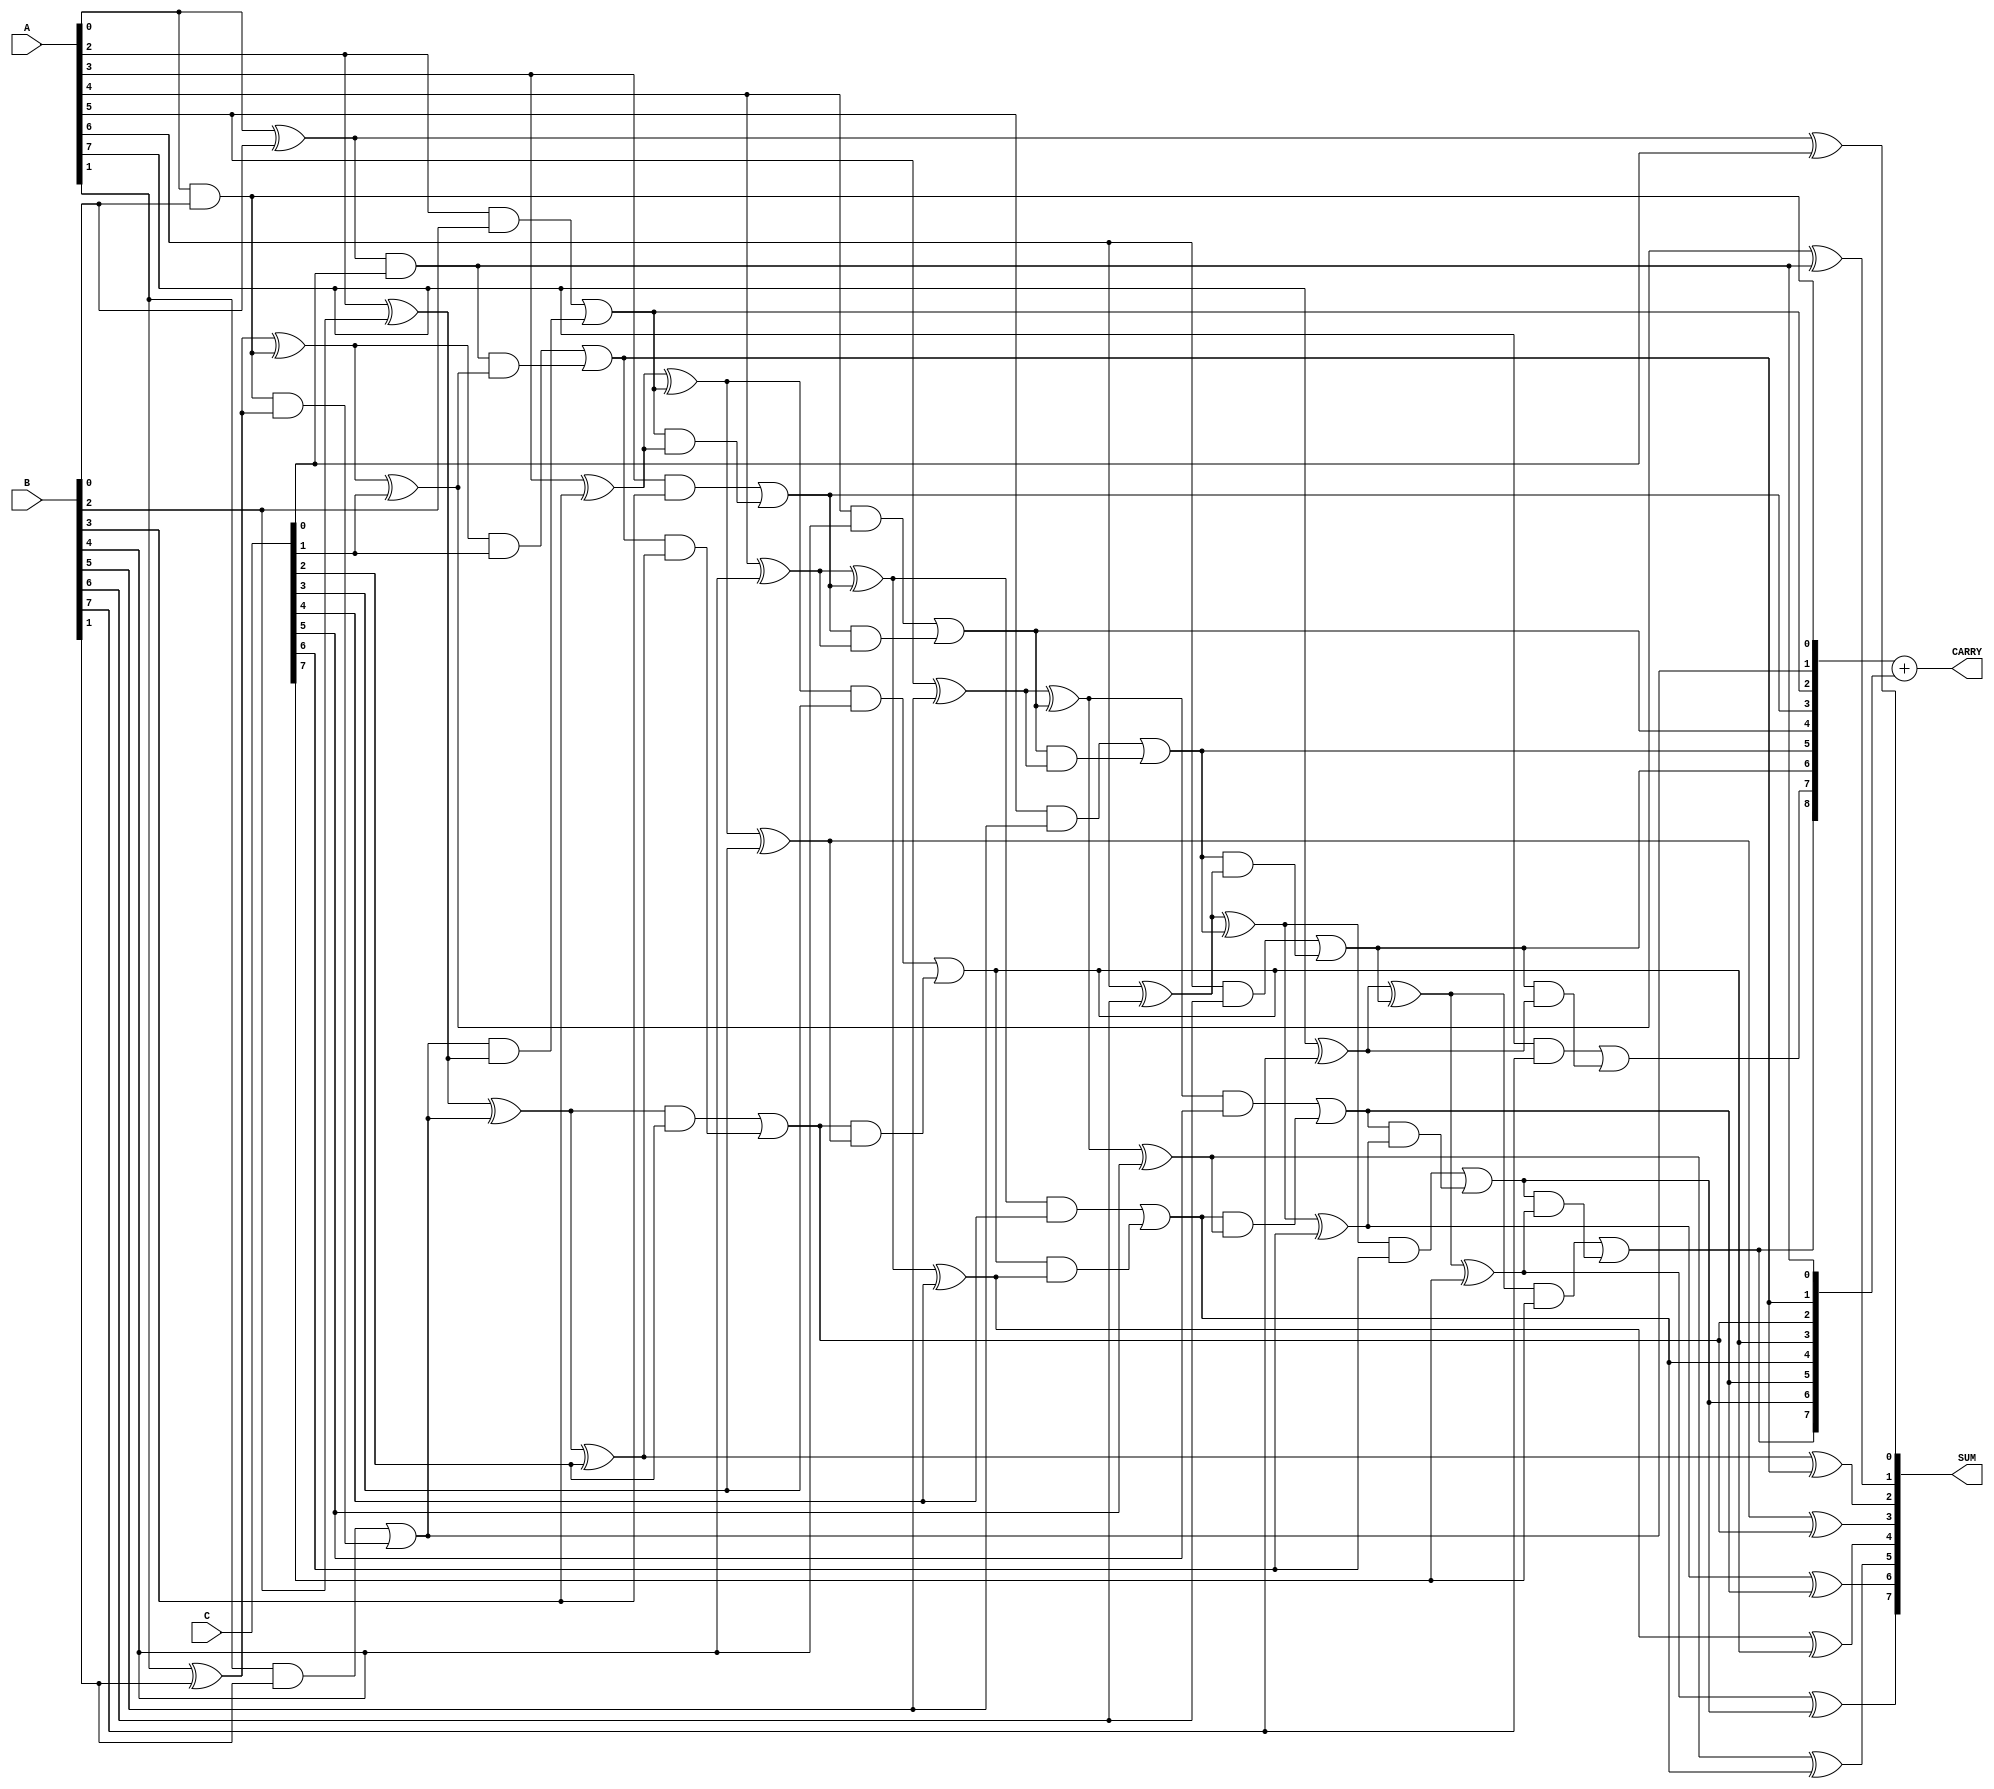
module ModifiedCarrySaveAdder #(parameter WIDTH = 8) (
    input  [WIDTH-1:0] A, // First operand
    input  [WIDTH-1:0] B, // Second operand
    input  [WIDTH-1:0] C, // Third operand
    output [WIDTH-1:0] SUM, // Sum output
    output [WIDTH:0] CARRY // Carry output (WIDTH+1 bits)
);

// Intermediate signals for partial sums and carries
wire [WIDTH-1:0] sum1, sum2;
wire [WIDTH:0] carry1, carry2;

// Stage 1: Calculate partial sums and carries
genvar i;
generate
    for (i = 0; i < WIDTH; i = i + 1) begin : stage1
        if (i == 0) begin
            // For the least significant bit, use half-adder
            assign sum1[i] = A[i] ^ B[i];
            assign carry1[i] = A[i] & B[i];
        end else begin
            // For other bits, use full-adder
            assign sum1[i] = A[i] ^ B[i] ^ carry1[i-1];
            assign carry1[i] = (A[i] & B[i]) | (carry1[i-1] & (A[i] ^ B[i]));
        end
    end
endgenerate

// Stage 2: Add the third operand (C) to the results of stage 1
generate
    for (i = 0; i < WIDTH; i = i + 1) begin : stage2
        if (i == 0) begin
            // For the least significant bit, use half-adder
            assign sum2[i] = sum1[i] ^ C[i];
            assign carry2[i] = sum1[i] & C[i];
        end else begin
            // For other bits, use full-adder
            assign sum2[i] = sum1[i] ^ C[i] ^ carry2[i-1];
            assign carry2[i] = (sum1[i] & C[i]) | (carry2[i-1] & (sum1[i] ^ C[i]));
        end
    end
endgenerate

// Final outputs
assign SUM = sum2; // Final sum output
assign CARRY = {carry2[WIDTH-1], carry1[WIDTH-1:0]} + carry2; // Final carry output

endmodule